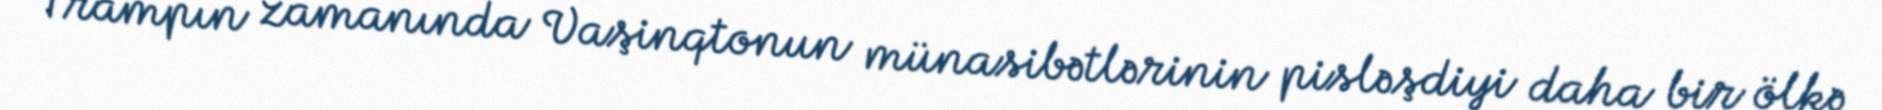
Trampın zamanında Vaşinqtonun münasibətlərinin pisləşdiyi daha bir ölkə